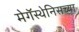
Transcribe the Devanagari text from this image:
मेगॅस्थेनिसच्या